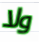
ولا